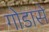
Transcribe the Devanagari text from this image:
गोडासे